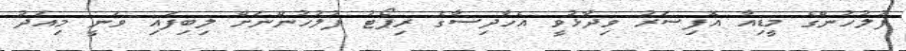
ފުލުހުންގެ މީޑިއާ އޮފިސަރު ވިދާޅުވީ އެހާދިސާގެ ރިޕޯޓު ފުލުހުންނަށް ލިބިފައި ވަނީ މިއަދު